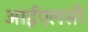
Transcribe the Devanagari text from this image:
आईएलसी